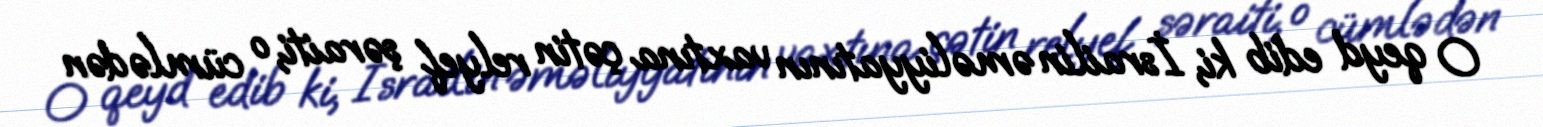
O qeyd edib ki, İsrailin əməliyyatının vaxtına çətin relyef şəraiti, o cümlədən